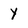
Character: Y